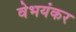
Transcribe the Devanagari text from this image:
वेभयंकर